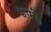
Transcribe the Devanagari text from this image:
शाम्प्लें